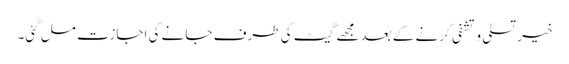
خیر تسلی و تشفی کرنے کے بعد مجھے گیٹ کی طرف جانے کی اجازت مل گئی۔